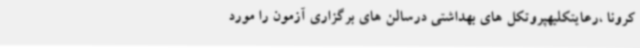
کرونا ،رعایتکلیهپروتکل های بهداشتی درسالن های برگزاری آزمون را مورد